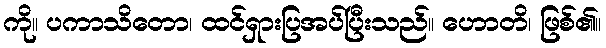
ကို။ ပကာသိတော၊ ထင်ရှားပြအပ်ပြီးသည်။ ဟောတိ၊ ဖြစ်၏။